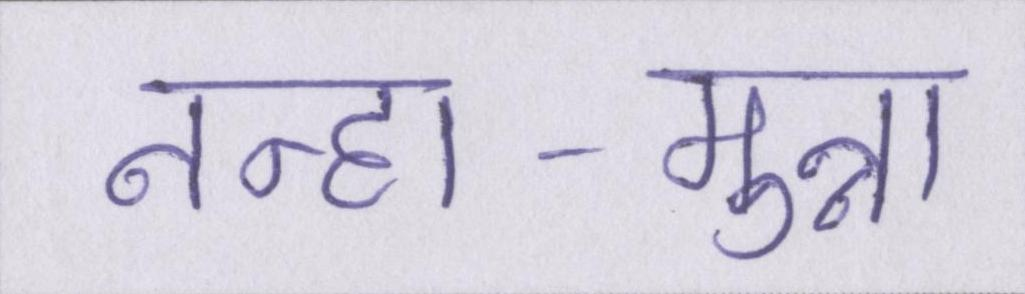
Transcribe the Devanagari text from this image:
नन्हा-मुन्ना